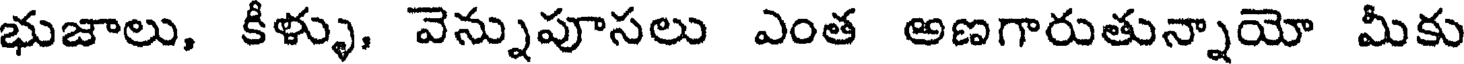
భుజాలు, కీళ్ళు, వెన్నుపూసలు ఎంత అణగారుతున్నాయో మీకు